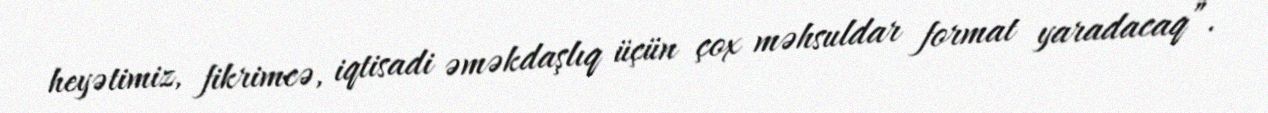
heyətimiz, fikrimcə, iqtisadi əməkdaşlıq üçün çox məhsuldar format yaradacaq”.